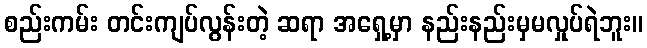
စည်းကမ်း တင်းကျပ်လွန်းတဲ့ ဆရာ အရှေ့မှာ နည်းနည်းမှမလှုပ်ရဲဘူး။